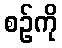
စဉ်ကို